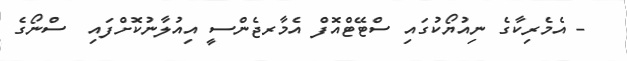
- އެމެރިކާގެ ނިއުޔޯކުގައި ސްޓޭޓްއޮފް އެމާރޖެންސީ އިއުލާނުކޮށްފައި  ސްްނޯގެ